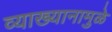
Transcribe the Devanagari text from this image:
व्याख्यानामुळे